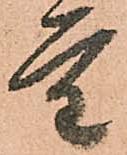
重